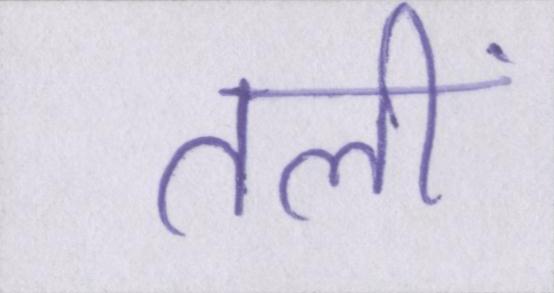
तलीं